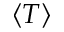
\langle T \rangle